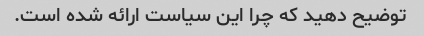
توضیح دهید که چرا این سیاست ارائه شده است.